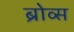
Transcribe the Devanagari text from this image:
ब्रोव्स